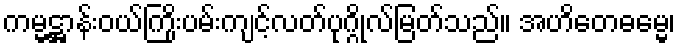
ကမ္မဋ္ဌာန်းဝယ်ကြိုးပမ်းကျင့်လတ်ပုဂ္ဂိုလ်မြတ်သည်။ အဟိတေဓမ္မေ၊